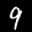
Label: 9